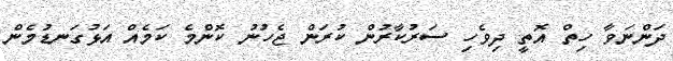
ދަންނަވާ ހިތް އޮތީ ދިވެހި ސަރުކާރުން ކުރަން ޖެހުނު ކޮންމެ ކަމެއް އަޅުގަނޑުމެން